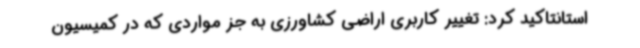
استانتاکید کرد: تغییر کاربری اراضی کشاورزی به جز مواردی که در کمیسیون